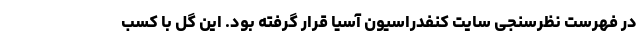
در فهرست نظرسنجی سایت کنفدراسیون آسیا قرار گرفته بود. این گل با کسب